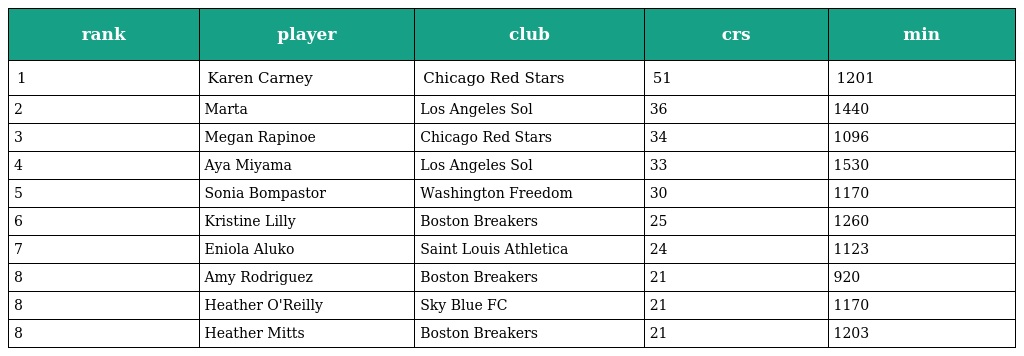
| rank | player | club | crs | min |
 | --- | --- | --- | --- | --- |
 | 1 | Karen Carney | Chicago Red Stars | 51 | 1201 |
 | 2 | Marta | Los Angeles Sol | 36 | 1440 |
 | 3 | Megan Rapinoe | Chicago Red Stars | 34 | 1096 |
 | 4 | Aya Miyama | Los Angeles Sol | 33 | 1530 |
 | 5 | Sonia Bompastor | Washington Freedom | 30 | 1170 |
 | 6 | Kristine Lilly | Boston Breakers | 25 | 1260 |
 | 7 | Eniola Aluko | Saint Louis Athletica | 24 | 1123 |
 | 8 | Amy Rodriguez | Boston Breakers | 21 | 920 |
 | 8 | Heather O'Reilly | Sky Blue FC | 21 | 1170 |
 | 8 | Heather Mitts | Boston Breakers | 21 | 1203 |